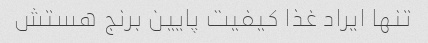
تنها ایراد غذا کیفیت پایین برنج هستش